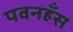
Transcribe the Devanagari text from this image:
पवनहँस